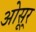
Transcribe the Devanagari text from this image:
ओसूर्